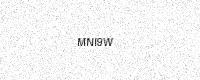
Text: MNI9W